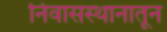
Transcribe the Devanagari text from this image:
निवासस्थानातून